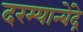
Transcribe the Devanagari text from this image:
दरम्यान्बेंद्रे